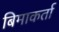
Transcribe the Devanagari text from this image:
बिमाकर्ता